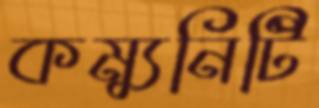
কম্যুনিটি